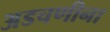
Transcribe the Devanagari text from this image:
अडचणीना